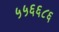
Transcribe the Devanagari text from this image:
५५६६८६